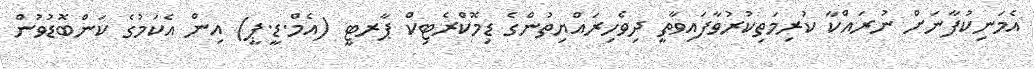
އެމަނިކުފާނަށް ނުރައްކާ ކުރިމަތިކުރުވާފައިވާތީ ދިވެހިރައްޔިތުންގެ ޑިމޮކްރެޓިކް ޕާރޓީ (އެމް.ޑީ.ޕީ) އިން އެކަމުގެ ކަންބޮޑުވުން